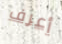
أعرف